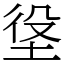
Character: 垼